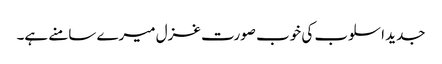
جدید اسلوب کی خوب صورت غزل میرے سامنے ہے۔